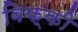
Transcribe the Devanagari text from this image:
विक्‍की